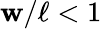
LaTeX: \mathbf{w}/\ell<1